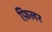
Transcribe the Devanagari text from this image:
फ़िलर